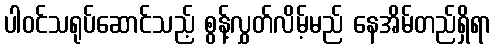
ပါဝင်သရုပ်ဆောင်သည့် စွန့်လွှတ်လိမ့်မည် နေအိမ်တည်ရှိရာ